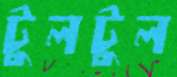
টুলটুল